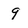
Character: 9